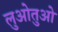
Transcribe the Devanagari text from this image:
लुओतुओ